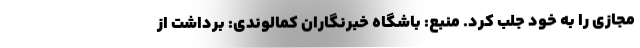
مجازی را به خود جلب کرد. منبع: باشگاه خبرنگاران کمالوندی: برداشت از